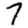
Digit: 7